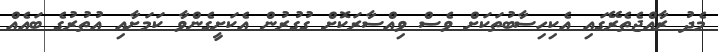
މެދު ރާއްޖެތެރޭގައި އެކިހިސާބުތަކަށް ވެސް ވިއްސާރަކޮށް ގުގުރުން އެކަށީގެންވާ ކަމަށާއި އުތުރުގެ ބައެއް